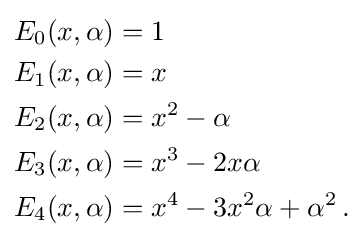
{\begin{aligned}E_{0}(x,\alpha )&=1\\E_{1}(x,\alpha )&=x\\E_{2}(x,\alpha )&=x^{2}-\alpha \\E_{3}(x,\alpha )&=x^{3}-2x\alpha \\E_{4}(x,\alpha )&=x^{4}-3x^{2}\alpha +\alpha ^{2}\,.\end{aligned}}